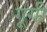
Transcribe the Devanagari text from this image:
गूगी